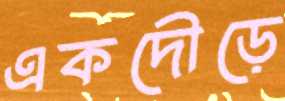
একদৌড়ে